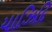
યાઝિદિ